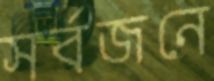
সর্বজনে